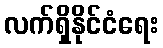
လက်ရှိနိုင်ငံရေး